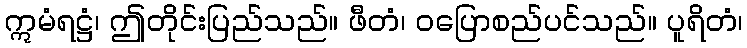
ဣမံရဋ္ဌံ၊ ဤတိုင်းပြည်သည်။ ဖီတံ၊ ဝပြောစည်ပင်သည်။ ပူရိတံ၊